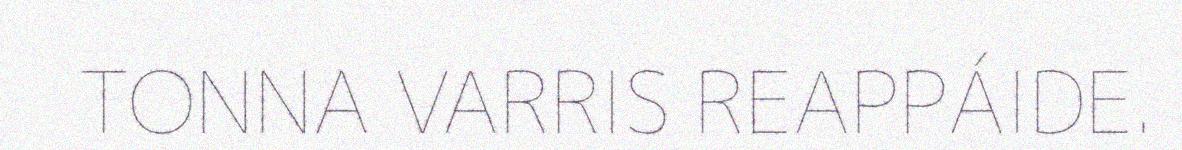
TONNA VARRIS REAPPÁIDE.